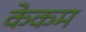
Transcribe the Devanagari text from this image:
केकम